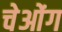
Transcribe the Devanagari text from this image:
चेओंग